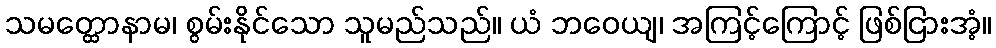
သမတ္ထောနာမ၊ စွမ်းနိုင်သော သူမည်သည်။ ယံ ဘဝေယျ၊ အကြင့်ကြောင့် ဖြစ်ငြားအံ့။